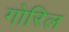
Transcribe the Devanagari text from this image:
गोरिल